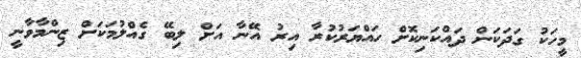
މީހަކު ގަދަކަން ދައްކަނިކޮށް ހައްޔަރުކުރާ އިރު އޭނާ އަށް ލިބޭ ގެއްލުމަކަށް ޒިންމާވާނީ